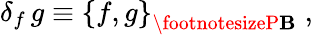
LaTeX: \delta_{f}\, g\equiv\left\{ f,g\right\} _{{\footnotesizeP\mathbf{B}}}\; ,